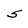
Character: 5